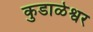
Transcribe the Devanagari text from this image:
कुडाळेश्वर